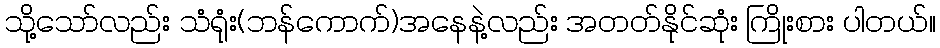
သို့သော်လည်း သံရုံး(ဘန်ကောက်)အနေနဲ့လည်း အတတ်နိုင်ဆုံး ကြိုးစား ပါတယ်။